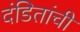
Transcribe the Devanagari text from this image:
दंडितांची